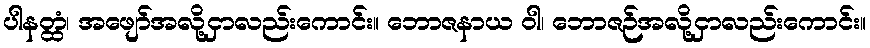
ပါနတ္ထံ၊ အဖျော်အလို့ငှာလည်းကောင်း။ ဘောဇနာယ ဝါ၊ ဘောဇဉ်အလို့ငှာလည်းကောင်း။